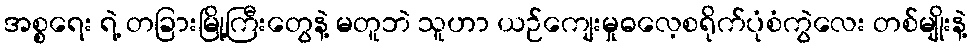
အစ္စရေး ရဲ့ တခြားမြို့ကြီးတွေနဲ့ မတူဘဲ သူဟာ ယဉ်ကျေးမှုဓလေ့စရိုက်ပုံစံကွဲလေး တစ်မျိုးနဲ့